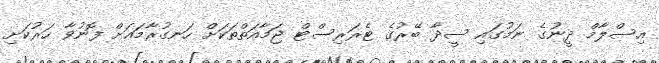
އިސްލާމް ދީނުގެ ނަމުގައި ސީދާ ބޭރުގެ ޓެރަރިސްޓް ޖަމާއަތްތަކަށް ހަނގުރާމައަށް ފޮނުވާ ހަރުކަށި